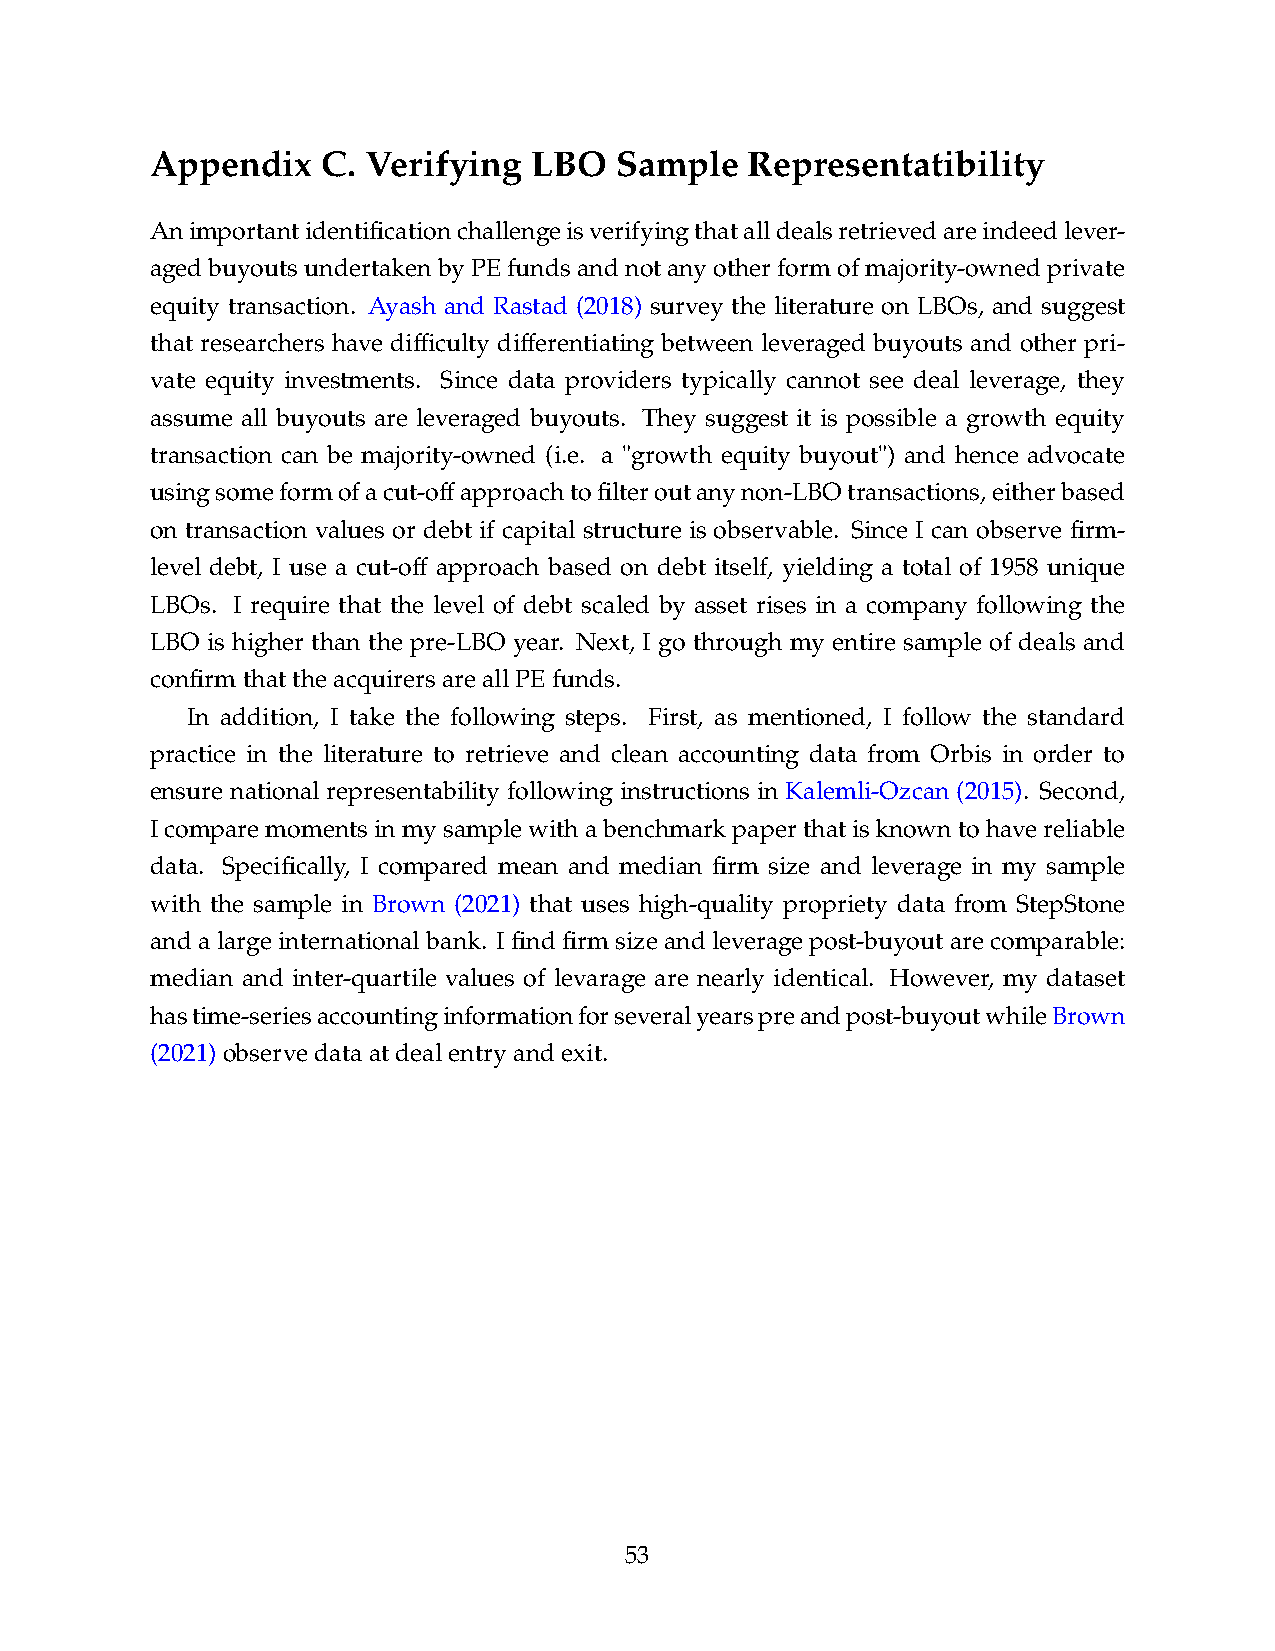
Appendix   C. Verifying  LBO   Sample   Representatibility
 Animportantidentificationchallengeisverifyingthatalldealsretrievedareindeedlever-
 agedbuyoutsundertakenbyPEfundsandnotanyotherformofmajority-ownedprivate
 equity transaction. Ayash and Rastad (2018) survey the literature on LBOs, and suggest
 that researchers have difficulty differentiating between leveraged buyouts and other pri-
 vate equity investments. Since data providers typically cannot see deal leverage, they
 assume all buyouts are leveraged buyouts. They suggest it is possible a growth equity
 transaction can be majority-owned (i.e. a "growth equity buyout") and hence advocate
 usingsomeformofacut-offapproachtofilteroutanynon-LBOtransactions,eitherbased
 on transaction values or debt if capital structure is observable. Since I can observe firm-
 level debt, I use a cut-off approach based on debt itself, yielding a total of 1958 unique
 LBOs. I require that the level of debt scaled by asset rises in a company following the
 LBO is higher than the pre-LBO year. Next, I go through my entire sample of deals and
 confirmthattheacquirersareallPEfunds.
 In addition, I take the following steps. First, as mentioned, I follow the standard
 practice in the literature to retrieve and clean accounting data from Orbis in order to
 ensure national representability following instructions in Kalemli-Ozcan (2015). Second,
 Icomparemomentsinmysamplewithabenchmarkpaperthatisknowntohavereliable
 data. Specifically, I compared mean and median firm size and leverage in my sample
 with the sample in Brown (2021) that uses high-quality propriety data from StepStone
 and a large international bank. I find firm size and leverage post-buyout are comparable:
 median and inter-quartile values of levarage are nearly identical. However, my dataset
 hastime-seriesaccountinginformationforseveralyearspreandpost-buyoutwhileBrown
 (2021)observedataatdealentryandexit.
 53